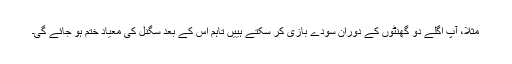
مثلاً، آپ اگلے دو گھنٹوں کے دوران سودے بازی کر سکتے ہییں تاہم اس کے بعد سگنل کی معیاد ختم ہو جائے گی۔